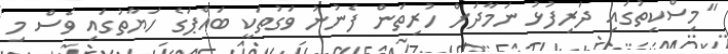
"މިސްކިތުގައި ދަރިފުޅު ނަމާދަށް ހުރިތަން ފެނުނު ވަގުތަކީ ބައްޕަގެ ހަޔާތުގައި ވެސް މި